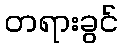
တရားခွင်